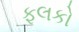
ફલકો